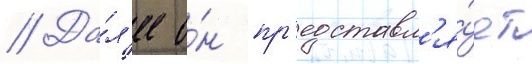
// Да́л'ее о́н пр'едставл'я́ет